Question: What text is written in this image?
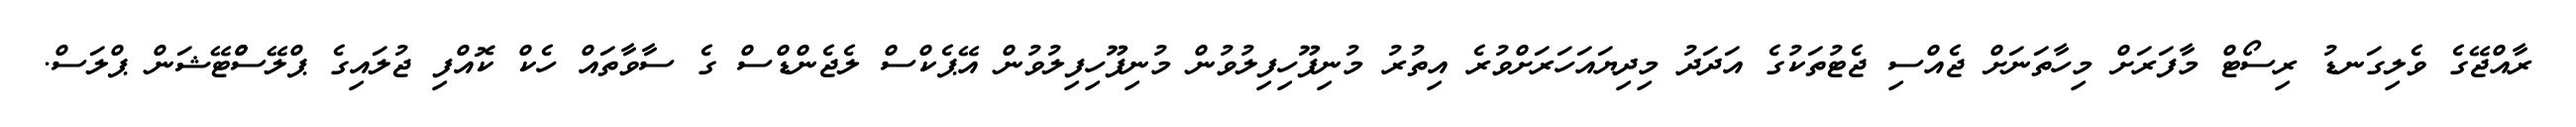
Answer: ރާއްޖޭގެ ވެލިގަނޑު ރިސޯޓް މާފަރަށް މިހާތަނަށް ޖެއްސި ޖެޓުތަކުގެ އަދަދު މިދިޔައަހަރަށްވުރެ އިތުރު މުނިފޫހިފިލުވުން މުނިފޫހިފިލުވުން އޭޕެކްސް ލެޖެންޑްސް ގެ ސާވާތައް ހެކް ކޮއްފި ޖުލައިގެ ޕްލޭސްްޓޭޝަން ޕްލަސް.